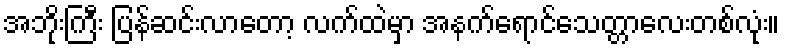
အဘိုးကြီး ပြန်ဆင်းလာတော့ လက်ထဲမှာ အနက်ရောင်သေတ္တာလေးတစ်လုံး။